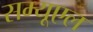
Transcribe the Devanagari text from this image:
सम्यूएल